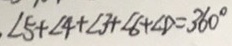
\angle 5 + \angle 4 + \angle 3 + \angle 6 + \angle D = 3 6 0 ^ { \circ }